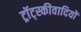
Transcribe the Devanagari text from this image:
ट्रॉट्स्कीवादियों